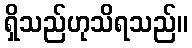
ရှိသည်ဟုသိရသည်။